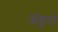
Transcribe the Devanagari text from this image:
अंकुरो